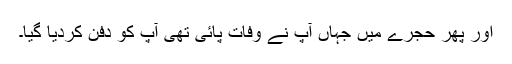
اور پھر حجرے میں جہاں آپ نے وفات پائی تھی آپ کو دفن کردیا گیا۔